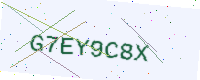
Text: G7EY9C8X